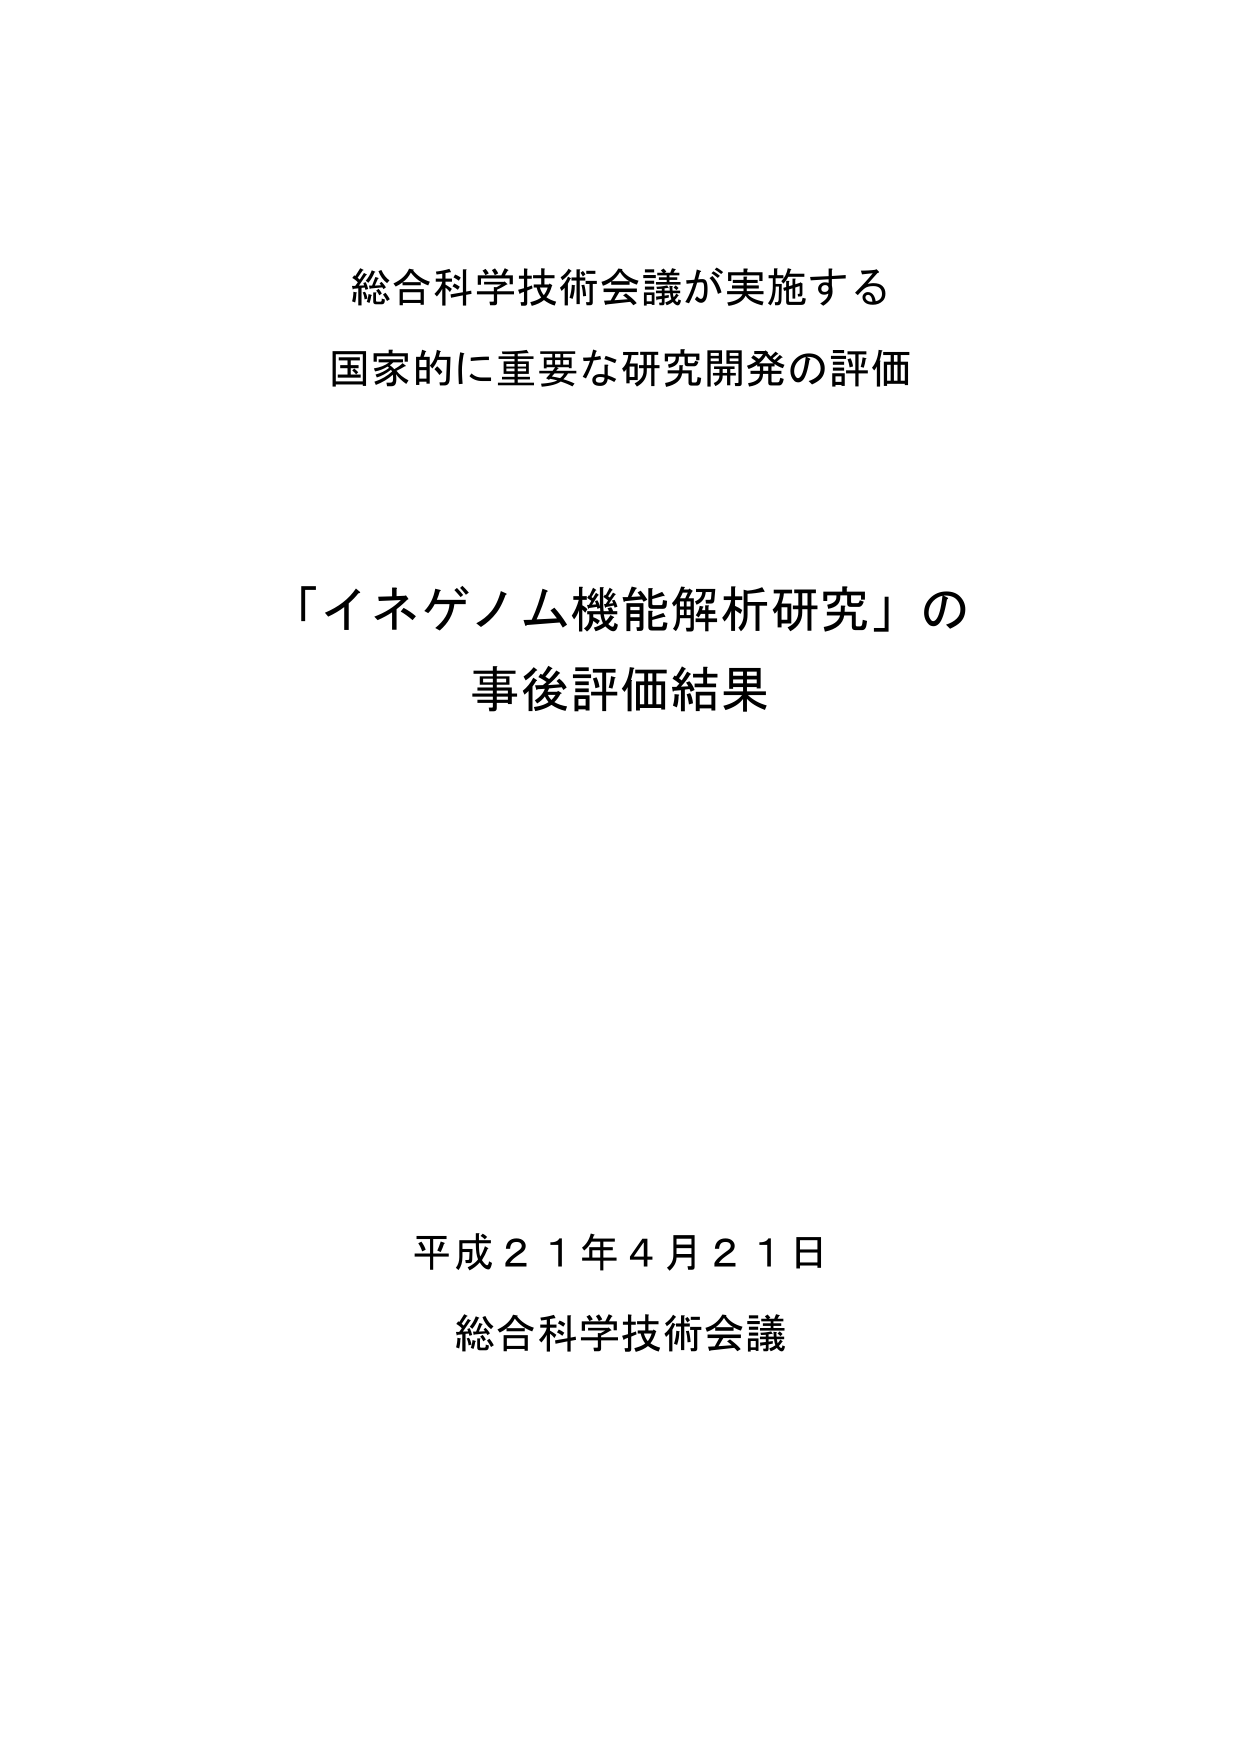
総合科学技術会議が実施する
国家的に重要な研究開発の評価

「イネゲノム機能解析研究」の
事後評価結果

平成２１年４月２１日
総合科学技術会議